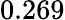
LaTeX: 0.269